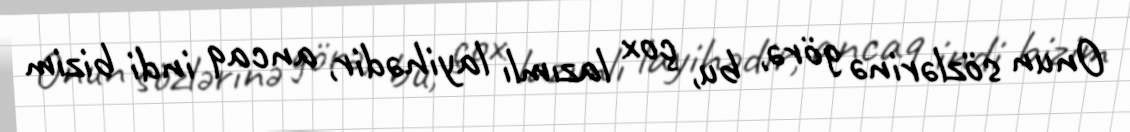
Onun sözlərinə görə, bu, çox lazımlı layihədir, ancaq indi bizim